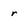
Character: r